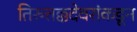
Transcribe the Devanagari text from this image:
तिरुत्तक्कदेवरांकडून